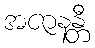
အဇာနန္တီ